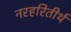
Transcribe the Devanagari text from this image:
नरहरितीर्थ